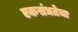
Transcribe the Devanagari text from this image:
एकसंधतेचा